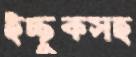
ইচ্ছুকসহ